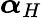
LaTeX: \boldsymbol{\alpha}_{H}